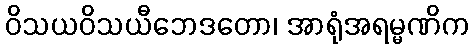
ဝိသယဝိသယီဘေဒတော၊ အာရုံအရမ္မဏိက